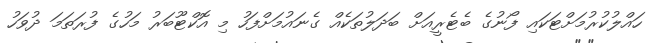
ހައްލުކުރުމަށްޓަކައި ފޯނުގެ ބެޓެރީއަށް ބަދަލުތަކެއް ގެނައުމަށްފަހު މި އޮކްޓޫބަރު މަހުގެ ފުރަތަމަ ދުވަހު